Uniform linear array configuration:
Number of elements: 4
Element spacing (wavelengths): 0.5
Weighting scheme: uniform
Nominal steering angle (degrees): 15
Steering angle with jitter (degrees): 14.637
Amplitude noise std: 0.05
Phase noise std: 0.05

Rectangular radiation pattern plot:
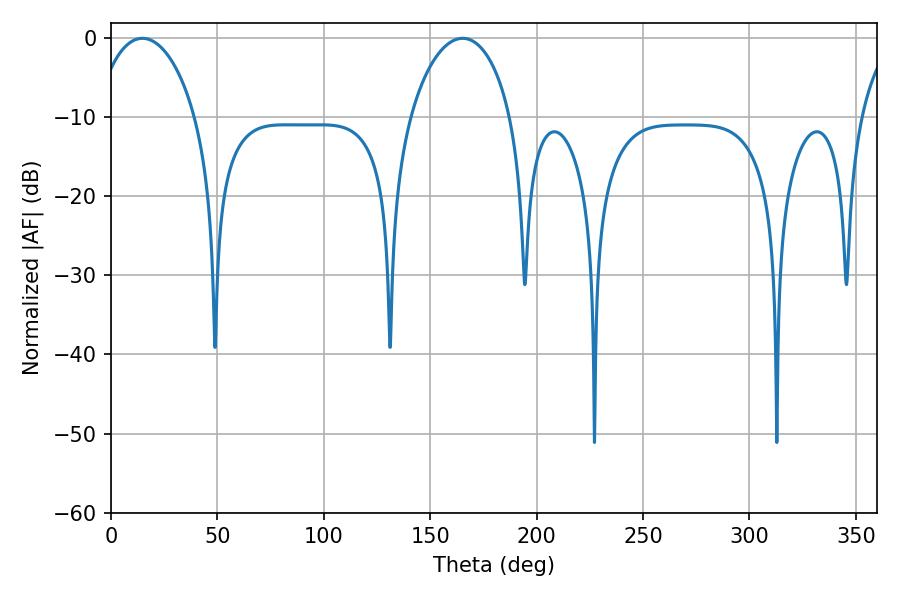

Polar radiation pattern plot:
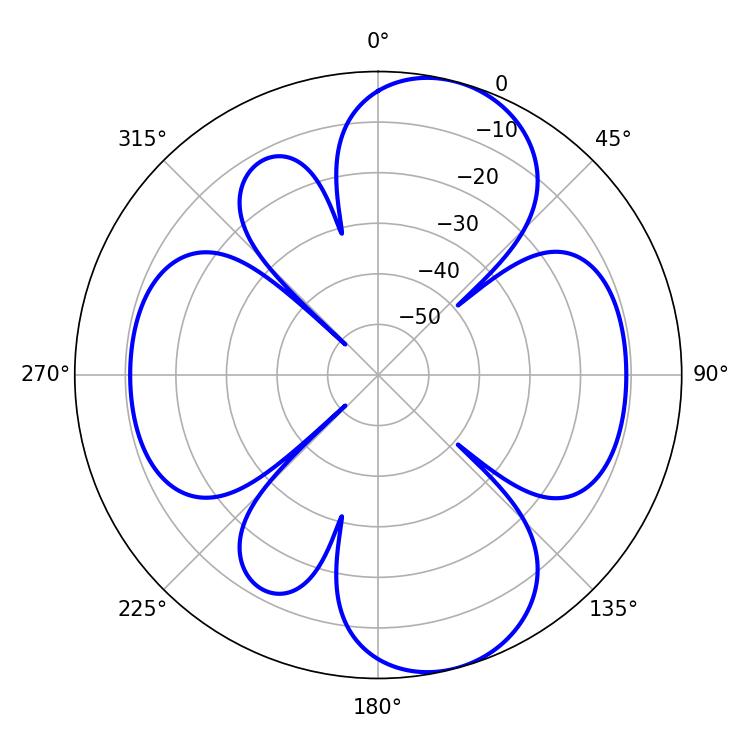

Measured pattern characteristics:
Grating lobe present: FALSE
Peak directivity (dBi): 9.166
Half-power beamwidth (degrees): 27.18
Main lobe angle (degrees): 165.24